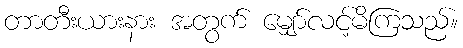
တာတီးယားနား အတွက် မျှော်လင့်မိကြသည်။